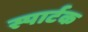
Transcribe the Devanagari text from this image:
स्पार्टक